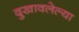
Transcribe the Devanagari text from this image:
दुखावलेल्या